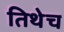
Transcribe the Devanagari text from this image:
तिथेेच